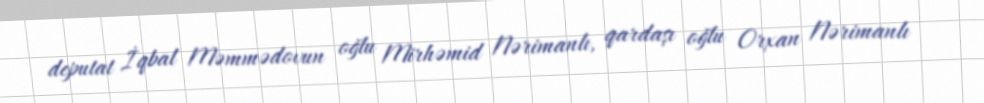
deputat İqbal Məmmədovun oğlu Mirhəmid Nərimanlı, qardaşı oğlu Orxan Nərimanlı